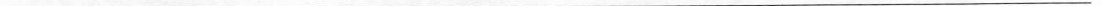
___